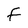
Character: F